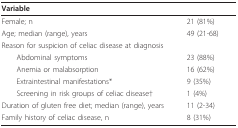
| Variable |  |
 | --- | --- |
 | Female; n | 21 (81%) |
 | Age; median (range), years | 49 (21-68) |
 | Reason for suspicion of celiac disease at diagnosis |  |
 | Abdominal symptoms | 23 (88%) |
 | Anemia or malabsorption | 16 (62%) |
 | Extraintestinal manifestations* | 9 (35%) |
 | Screening in risk groups of celiac disease† | 1 (4%) |
 | Duration of gluten free diet; median (range), years | 11 (2-34) |
 | Family history of celiac disease, n | 8 (31%) |